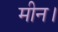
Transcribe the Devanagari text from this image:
मीन।